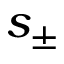
s _ { \pm }